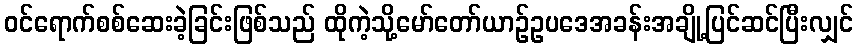
ဝင်ရောက်စစ်ဆေးခဲ့ခြင်းဖြစ်သည် ထိုကဲ့သို့မော်တော်ယာဉ်ဥပဒေအခန်းအချို့ပြင်ဆင်ပြီးလျှင်